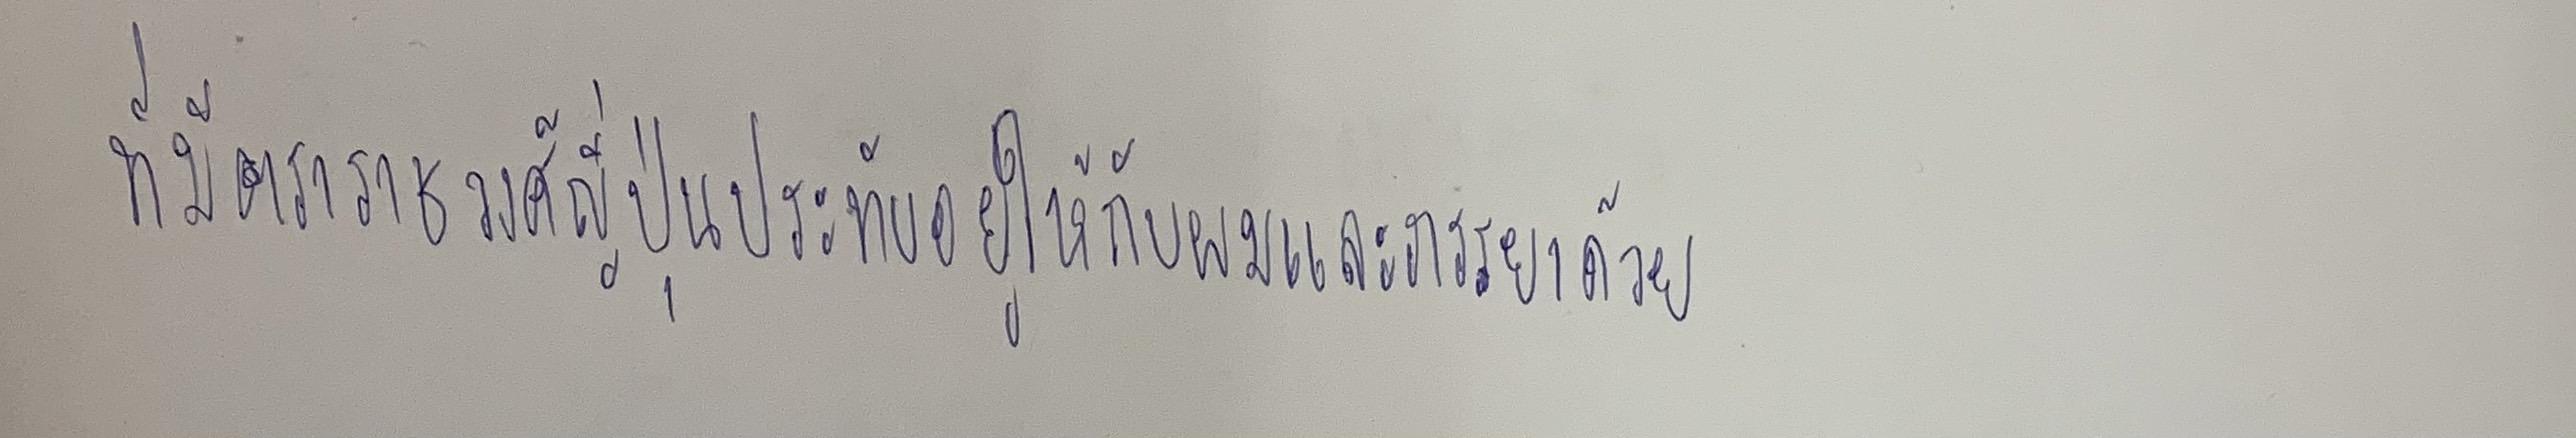
ที่มีตราราชวงศ์ญี่ปุ่นประทับอยู่ให้กับผมและภรรยาด้วย"